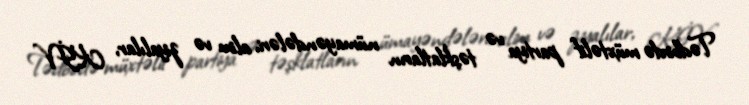
Tədbirdə müxtəlif partiya və təşklatların nümayəndələri, alim və ziyalılar, KİV